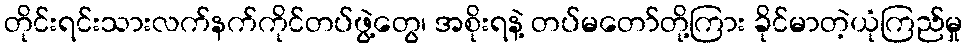
တိုင်းရင်းသားလက်နက်ကိုင်တပ်ဖွဲ့တွေ၊ အစိုးရနဲ့ တပ်မတော်တို့ကြား ခိုင်မာတဲ့ယုံကြည်မှု